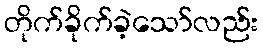
တိုက်ခိုက်ခဲ့သော်လည်း